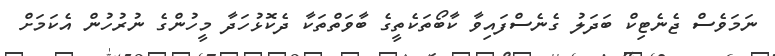
ނަމަވެސް ޖެނެޓިކް ބަދަލު ގެނެސްފައިވާ ކާބޯތަކެތީގެ ބާވަތްތަކާ ދެކޮޅުހަދާ މީހުންގެ ނުރުހުން އެކަމަށް